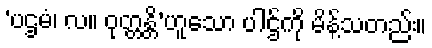
‘ပဌမံ၊ လ။ ဝုတ္တန္တိ’ဟူသော ပါဌ်ကို မိန့်သတည်း။